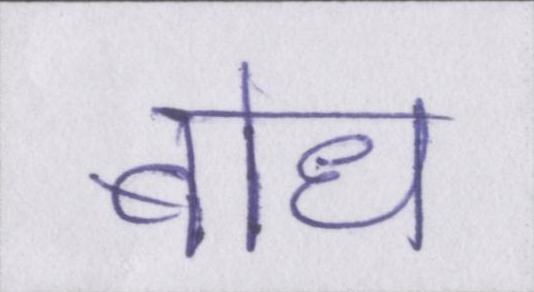
बोध